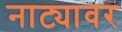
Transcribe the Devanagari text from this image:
नाट्यावर